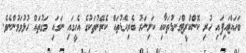
ބަހައްޓައިފައި ހުރި ކޮންކްރީޓްގަނޑުތަކާއި ކަށިނަރު ބެރިކޭޑުތައް ކެރޭނުތަކުގެ އެހީގައި ނަގައި މަގުތައް ހުޅުވަމުންނެވެ.